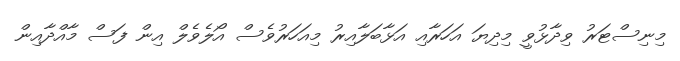
މިނިސްޓަރު ވިދާޅުވީ މިދިޔަ އަހަރާއި އަޅާބަލާއިރު މިއަހަރުވެސް އޯލެވެލް އިން ފަސް މާއްދާއިން